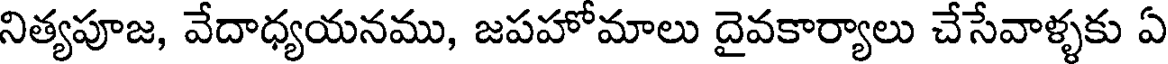
నిత్యపూజ, వేదాధ్యయనము, జపహోమాలు దైవకార్యాలు చేసేవాళ్ళకు ఏ